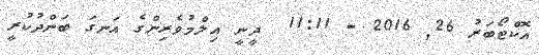
އޮކްޓޯބަރު 26